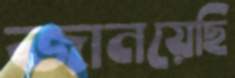
জানয়েছি